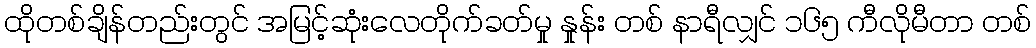
ထိုတစ်ချိန်တည်းတွင် အမြင့်ဆုံးလေတိုက်ခတ်မှု နှုန်း တစ် နာရီလျှင် ၁၆၅ ကီလိုမီတာ တစ်